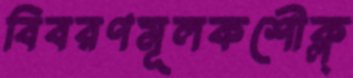
বিবরণমূলকশৌক্ল্